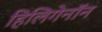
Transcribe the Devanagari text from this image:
हिलिगेनॉन